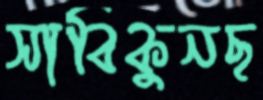
সাবিকুনছ